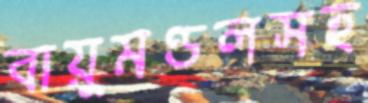
বায়ুমণ্ডলসহ